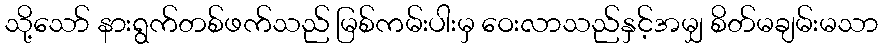
သို့သော် နားရွက်တစ်ဖက်သည် မြစ်ကမ်းပါးမှ ဝေးလာသည်နှင့်အမျှ စိတ်မချမ်းမသာ